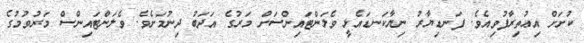
ކުށަށް އިޢުތިރާފުވިއެވެ. ފަނޑިޔާރު ނިޔާކަނޑައެޅީ ވެލަންޓައިންސަށް މަރުގެ އަދަބު ދިނުމަށެވެ. ވެލަންޓައިންސް މަރުވުމުގެ